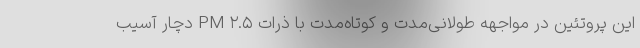
این پروتئین در مواجهه طولانی‌مدت و کوتاه‌مدت با ذرات PM ۲.۵ دچار آسیب